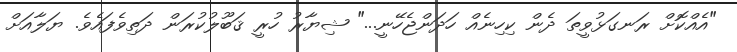
"އެއްކޮށް ރަނގަޅުވީތަ ދެން ކިހިނެއް ހަދަންޖެހޭނީ..." ޝިޔާރު ހުރީ ޤަބޫލުކުރަން ދަތިވެފައެވެ. ޔަލާއަށް